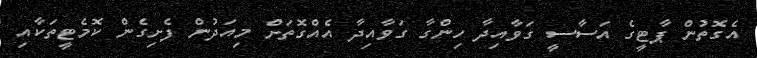
އެގޮތުން ޕާޓީގެ އަސާސީ ގަވާއިދާ ހިންގާ ގަވާާއިދާ އެެއްގޮތަށް މިއަދުން ފެށިގެން ކޮމެޓީތަކާއި